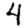
Digit: 4